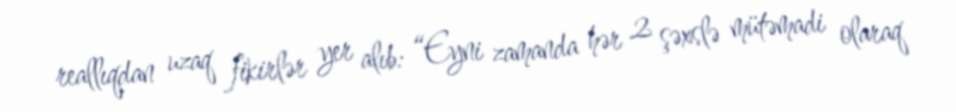
reallıqdan uzaq fikirlər yer alıb: “Eyni zamanda hər 2 şəxslə mütəmadi olaraq